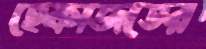
হেফাজতের